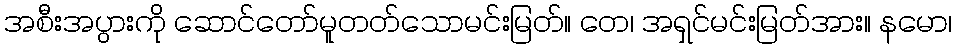
အစီးအပွားကို ဆောင်တော်မူတတ်သောမင်းမြတ်။ တေ၊ အရှင်မင်းမြတ်အား။ နမော၊